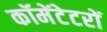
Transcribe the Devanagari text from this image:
कॉमेंटेटरों